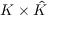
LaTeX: K \times { \hat { K } }